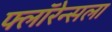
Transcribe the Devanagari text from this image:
फ्लॉरेन्सला